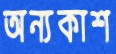
অন্যকাশ